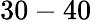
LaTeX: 30-40\